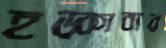
হড়্‌কাবার